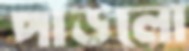
পাড়লো